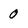
Character: 0